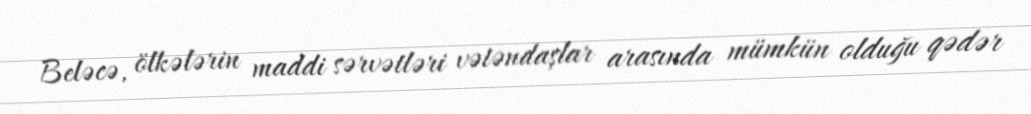
Beləcə, ölkələrin maddi sərvətləri vətəndaşlar arasında mümkün olduğu qədər